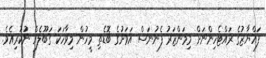
ފައްޔާޒުގެ ރައްޓެހިންނަށް މިމަންޒަރު ފެނުނަސް އަވަށުގެ ބޮޑެތި މީހުން މިވާހަކަ ގަބޫލެެއް ނުކުރިއެވެ.